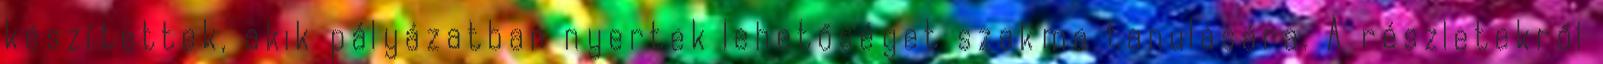
készítettek, akik pályázatban nyertek lehetőséget szakma tanulására. A részletekről